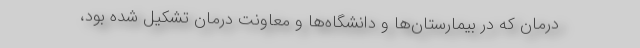
درمان که در بیمارستان‌ها و دانشگاه‌ها و معاونت درمان تشکیل شده بود،